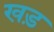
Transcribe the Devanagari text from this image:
खड़